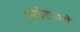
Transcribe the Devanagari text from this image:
स्टोरमध्ये